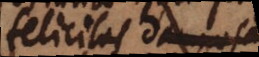
felicitas im